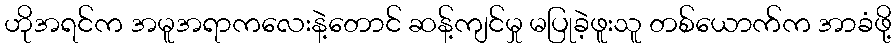
ဟိုအရင်က အမူအရာကလေးနဲ့တောင် ဆန့်ကျင်မှု မပြုခဲ့ဖူးသူ တစ်ယောက်က အာခံဖို့